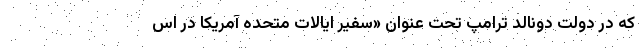
که در دولت دونالد ترامپ تحت عنوان «سفیر ایالات متحده آمریکا در اس